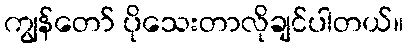
ကျွန်တော် ပိုသေးတာလိုချင်ပါတယ်။